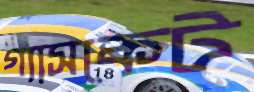
গ্যাসকেট